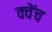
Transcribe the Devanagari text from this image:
क्वेंच